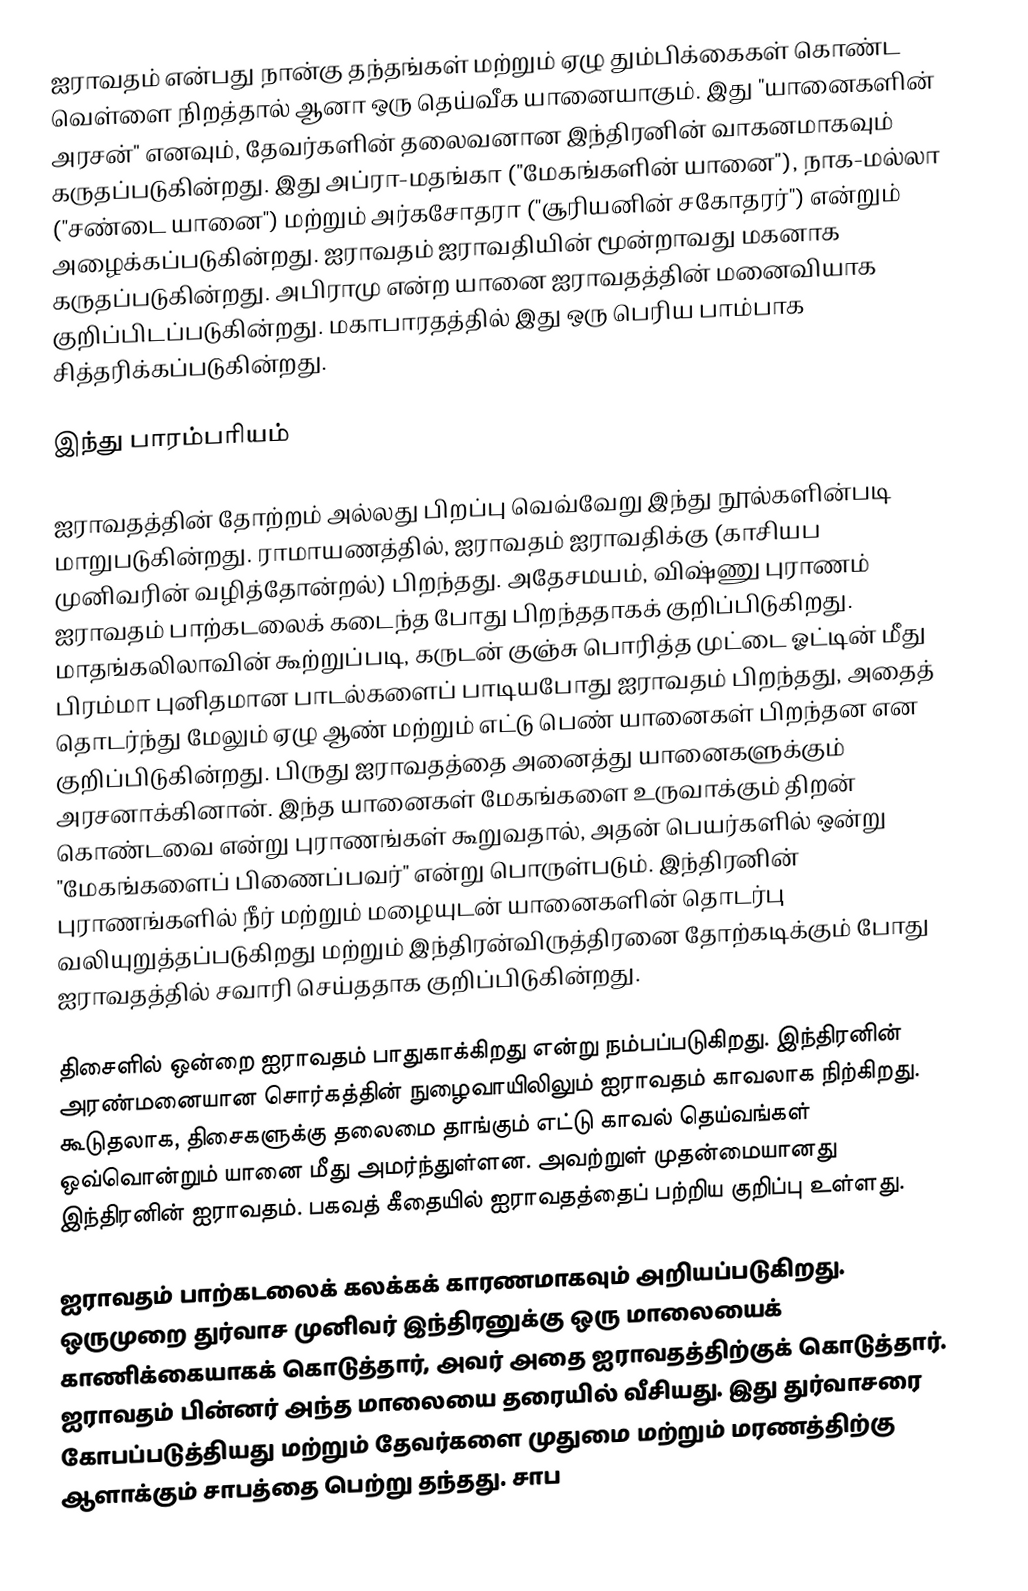
ஐராவதம் என்பது நான்கு தந்தங்கள் மற்றும் ஏழு தும்பிக்கைகள் கொண்ட வெள்ளை நிறத்தால் ஆனா ஒரு தெய்வீக யானையாகும். இது "யானைகளின் அரசன்" எனவும், தேவர்களின் தலைவனான இந்திரனின் வாகனமாகவும் கருதப்படுகின்றது. இது அப்ரா-மதங்கா ("மேகங்களின் யானை"), நாக-மல்லா ("சண்டை யானை") மற்றும் அர்கசோதரா ("சூரியனின் சகோதரர்") என்றும் அழைக்கப்படுகின்றது. ஐராவதம் ஐராவதியின் மூன்றாவது மகனாக கருதப்படுகின்றது. அபிராமு என்ற யானை ஐராவதத்தின் மனைவியாக குறிப்பிடப்படுகின்றது. மகாபாரதத்தில் இது ஒரு பெரிய பாம்பாக சித்தரிக்கப்படுகின்றது.

இந்து பாரம்பரியம்

ஐராவதத்தின் தோற்றம் அல்லது பிறப்பு வெவ்வேறு இந்து நூல்களின்படி மாறுபடுகின்றது. ராமாயணத்தில், ஐராவதம் ஐராவதிக்கு (காசியப முனிவரின் வழித்தோன்றல்) பிறந்தது. அதேசமயம், விஷ்ணு புராணம் ஐராவதம் பாற்கடலைக் கடைந்த போது பிறந்ததாகக் குறிப்பிடுகிறது. மாதங்கலிலாவின் கூற்றுப்படி, கருடன் குஞ்சு பொரித்த முட்டை ஓட்டின் மீது பிரம்மா புனிதமான பாடல்களைப் பாடியபோது ஐராவதம் பிறந்தது, அதைத் தொடர்ந்து மேலும் ஏழு ஆண் மற்றும் எட்டு பெண் யானைகள் பிறந்தன என குறிப்பிடுகின்றது. பிருது ஐராவதத்தை அனைத்து யானைகளுக்கும் அரசனாக்கினான். இந்த யானைகள் மேகங்களை உருவாக்கும் திறன் கொண்டவை என்று புராணங்கள் கூறுவதால், அதன் பெயர்களில் ஒன்று "மேகங்களைப் பிணைப்பவர்" என்று பொருள்படும். இந்திரனின் புராணங்களில் நீர் மற்றும் மழையுடன் யானைகளின் தொடர்பு வலியுறுத்தப்படுகிறது மற்றும் இந்திரன்விருத்திரனை தோற்கடிக்கும் போது ஐராவதத்தில் சவாரி செய்ததாக குறிப்பிடுகின்றது.

திசைளில் ஒன்றை ஐராவதம் பாதுகாக்கிறது என்று நம்பப்படுகிறது. இந்திரனின் அரண்மனையான சொர்கத்தின் நுழைவாயிலிலும் ஐராவதம் காவலாக நிற்கிறது. கூடுதலாக, திசைகளுக்கு தலைமை தாங்கும் எட்டு காவல் தெய்வங்கள் ஒவ்வொன்றும் யானை மீது அமர்ந்துள்ளன. அவற்றுள் முதன்மையானது இந்திரனின் ஐராவதம். பகவத் கீதையில் ஐராவதத்தைப் பற்றிய குறிப்பு உள்ளது.

ஐராவதம் பாற்கடலைக் கலக்கக் காரணமாகவும் அறியப்படுகிறது. ஒருமுறை துர்வாச முனிவர் இந்திரனுக்கு ஒரு மாலையைக் காணிக்கையாகக் கொடுத்தார், அவர் அதை ஐராவதத்திற்குக் கொடுத்தார். ஐராவதம் பின்னர் அந்த மாலையை தரையில் வீசியது. இது துர்வாசரை கோபப்படுத்தியது மற்றும் தேவர்களை முதுமை மற்றும் மரணத்திற்கு ஆளாக்கும் சாபத்தை பெற்று தந்தது. சாப